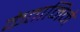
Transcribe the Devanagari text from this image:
केतामिने